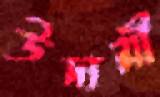
উদ্যমী